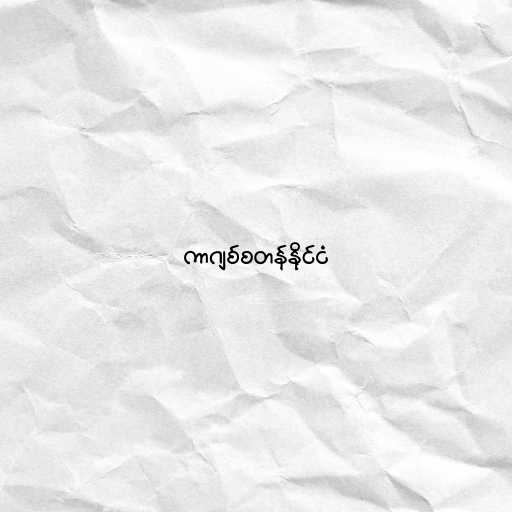
ကာဂျစ်စတန်နိုင်ငံ